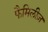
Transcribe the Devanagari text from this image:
फैमिलीज़